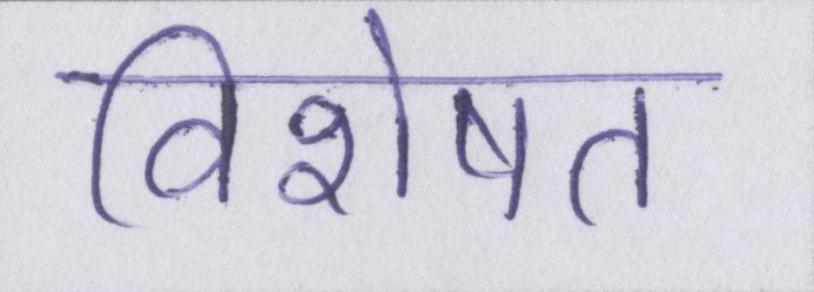
विशेषत